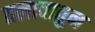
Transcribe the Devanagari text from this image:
तलावातुन